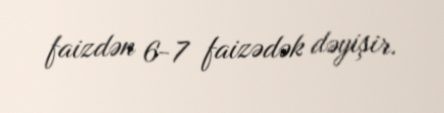
faizdən 6-7 faizədək dəyişir.